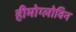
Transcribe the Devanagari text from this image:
हीमोग्लोविन